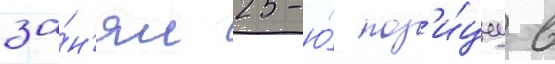
за́н'ял 25-ю́ поз'и́циу в